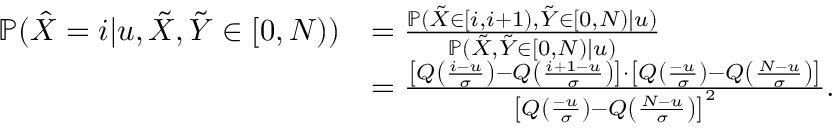
\begin{array} { r l } { \mathbb { P } ( \hat { X } = i | u , \tilde { X } , \tilde { Y } \in [ 0 , N ) ) } & { = \frac { \mathbb { P } ( \tilde { X } \in [ i , i + 1 ) , \tilde { Y } \in [ 0 , N ) | u ) } { \mathbb { P } ( \tilde { X } , \tilde { Y } \in [ 0 , N ) | u ) } } \\ & { = \frac { \left[ Q \left( \frac { i - u } { \sigma } \right) - Q \left( \frac { i + 1 - u } { \sigma } \right) \right] \cdot \left[ Q \left( \frac { - u } { \sigma } \right) - Q \left( \frac { N - u } { \sigma } \right) \right] } { \left[ Q \left( \frac { - u } { \sigma } \right) - Q \left( \frac { N - u } { \sigma } \right) \right] ^ { 2 } } . } \end{array}